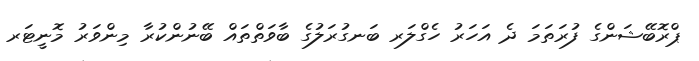
ޕްރޮބޭޝަންގެ ފުރަތަމަ ދެ އަހަރު ހެގްލަރ ބަނގުރަލުގެ ބާވަތްތައް ބޭނުންކުރާ މިންވަރު މޮނީޓަރ